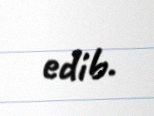
edib.